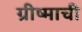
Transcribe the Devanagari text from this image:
ग्रीष्माची